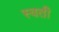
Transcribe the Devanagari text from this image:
स्वती